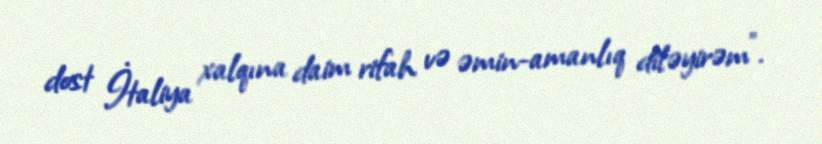
dost İtaliya xalqına daim rifah və əmin-amanlıq diləyirəm".